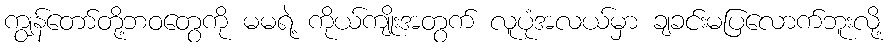
ကျွန်တော်တို့ဘဝတွေကို မမရဲ့ ကိုယ်ကျိုးအတွက် လူပုံအလယ်မှာ ချခင်းမပြလောက်ဘူးလို့